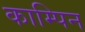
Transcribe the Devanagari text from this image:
काम्पिन